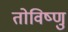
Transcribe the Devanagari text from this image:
तोविष्णु